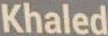
Khaled